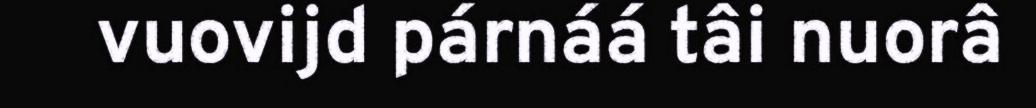
vuovijd párnáá tâi nuorâ